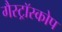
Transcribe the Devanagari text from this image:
गैस्ट्रॉस्कोप